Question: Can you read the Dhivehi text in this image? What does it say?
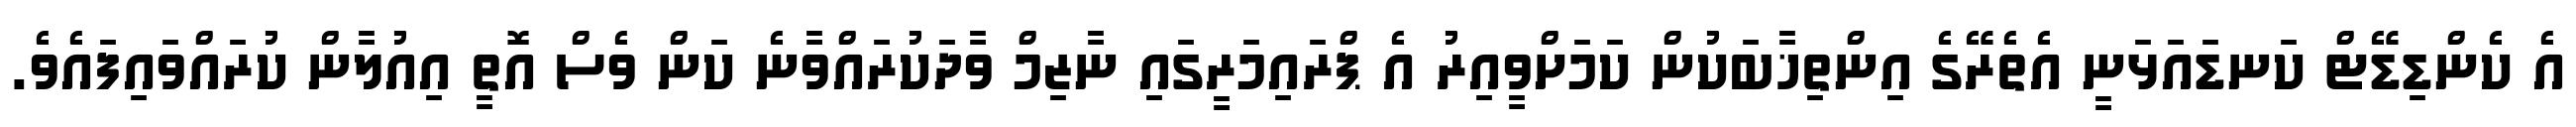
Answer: އެ ކެންޑިޑޭޓް ކަނޑައަޅަނީ އެތެރޭގެ އިންތިޚާބަކުން ކަމަށްވީއިރު އެ ޕްރައިމަރީގައި ނާޒިމް ވާދަކުރައްވާނެ ކަން ވެސް އޮތީ އިއުލާން ކުރައްވައިފައެވެ.